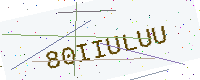
Text: 80IIULUU